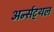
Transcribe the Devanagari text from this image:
अर्न्सट्थल